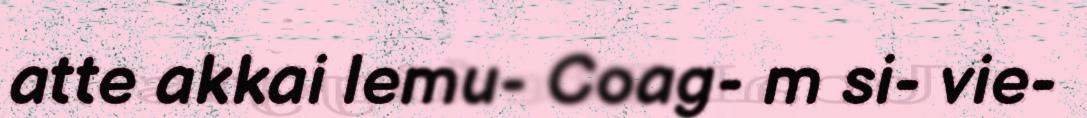
atte akkai lemu- Coag- m si- vie-